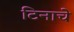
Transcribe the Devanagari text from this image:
टिनाचे